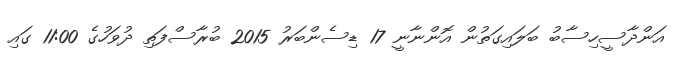
އަންދާސީހިސާބު ބަލައިގަތުން އޮންނާނީ 17 ޑިސެންބަރު 2015 ބުރާސްފަތި ދުވަހުގެ 11:00 ގައި